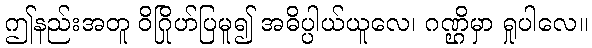
ဤနည်းအတူ ဝိဂြိုဟ်ပြမူ၍ အဓိပ္ပါယ်ယူလေ၊ ဂဏ္ဌိမှာ ရှုပါလေ။